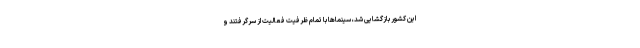
این کشور بازگشایی شد، سینماها با تمام ظرفیت فعالیت از سرگرفتند و